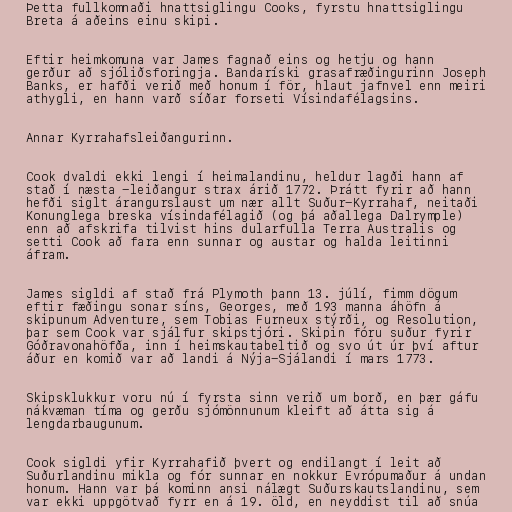
Þetta fullkomnaði hnattsiglingu Cooks, fyrstu hnattsiglingu
Breta á aðeins einu skipi.

Eftir heimkomuna var James fagnað eins og hetju og hann
gerður að sjóliðsforingja. Bandaríski grasafræðingurinn Joseph
Banks, er hafði verið með honum í för, hlaut jafnvel enn meiri
athygli, en hann varð síðar forseti Vísindafélagsins.

Annar Kyrrahafsleiðangurinn.

Cook dvaldi ekki lengi í heimalandinu, heldur lagði hann af
stað í næsta -leiðangur strax árið 1772. Þrátt fyrir að hann
hefði siglt árangurslaust um nær allt Suður-Kyrrahaf, neitaði
Konunglega breska vísindafélagið (og þá aðallega Dalrymple)
enn að afskrifa tilvist hins dularfulla Terra Australis og
setti Cook að fara enn sunnar og austar og halda leitinni
áfram.

James sigldi af stað frá Plymoth þann 13. júlí, fimm dögum
eftir fæðingu sonar síns, Georges, með 193 manna áhöfn á
skipunum Adventure, sem Tobias Furneux stýrði, og Resolution,
þar sem Cook var sjálfur skipstjóri. Skipin fóru suður fyrir
Góðravonahöfða, inn í heimskautabeltið og svo út úr því aftur
áður en komið var að landi á Nýja-Sjálandi í mars 1773.

Skipsklukkur voru nú í fyrsta sinn verið um borð, en þær gáfu
nákvæman tíma og gerðu sjómönnunum kleift að átta sig á
lengdarbaugunum.

Cook sigldi yfir Kyrrahafið þvert og endilangt í leit að
Suðurlandinu mikla og fór sunnar en nokkur Evrópumaður á undan
honum. Hann var þá kominn ansi nálægt Suðurskautslandinu, sem
var ekki uppgötvað fyrr en á 19. öld, en neyddist til að snúa